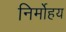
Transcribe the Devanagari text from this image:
निर्मोहय